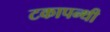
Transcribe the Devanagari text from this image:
टकापन्थी